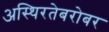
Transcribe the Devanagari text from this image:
अस्थिरतेबरोबर